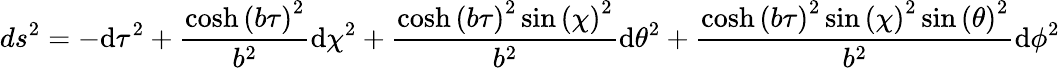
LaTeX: ds^{2}=-\mathrm{d}{\tau}^{2}+\frac{\cosh\left(b{\tau}\right)^{2}}{b^{2}}\mathrm{d}{\chi}^{2}+\frac{\cosh\left(b{\tau}\right)^{2}\sin\left({\chi}\right)^{2}}{b^{2}}\mathrm{d}{\theta}^{2}+\frac{\cosh\left(b{\tau}\right)^{2}\sin\left({\chi}\right)^{2}\sin\left({\theta}\right)^{2}}{b^{2}}\mathrm{d}{\phi}^{2}